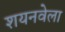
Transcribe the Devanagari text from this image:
शयनवेला